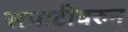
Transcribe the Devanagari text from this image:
सपाटीवरुन